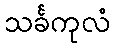
သင်္ခကုလံ